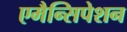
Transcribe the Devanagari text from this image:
एमैन्सिपेशन